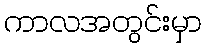
ကာလအတွင်းမှာ